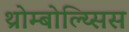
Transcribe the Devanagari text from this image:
थ्रोम्बोल्य्सिस